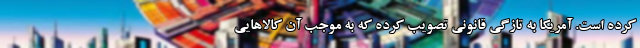
کرده است. آمریکا به تازگی قانونی تصویب کرده که به موجب آن کالاهایی